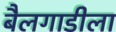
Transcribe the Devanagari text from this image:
बैलगाडीला